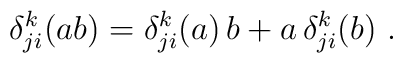
\delta^k_{ji}(ab) = \delta^k_{ji}(a)\,b + a\,\delta^k_{ji}(b)~.